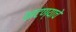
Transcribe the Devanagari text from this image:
थाटण्याचे